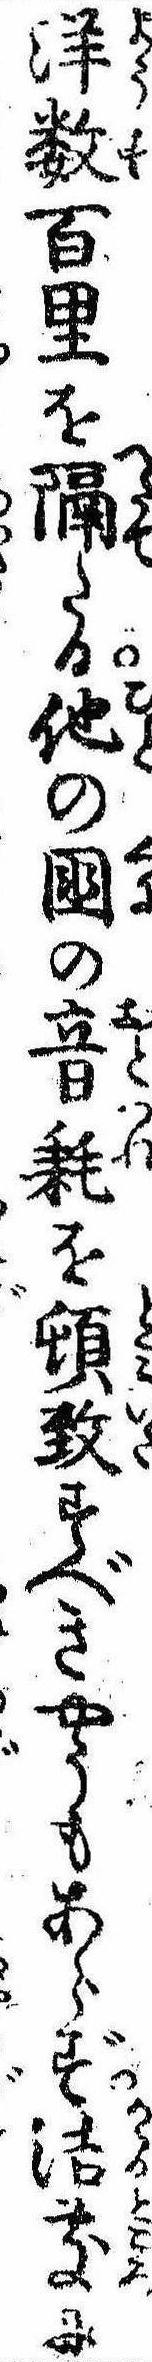
洋数百里を隔たる他の国の音耗を頓致すべきやうもあらず浩処に